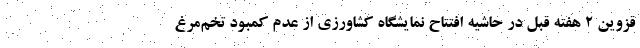
قزوین ۲ هفته قبل در حاشیه افتتاح نمایشگاه کشاورزی از عدم کمبود تخم‌مرغ